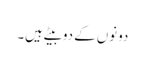
دونوں کے دوبیٹے ہیں۔